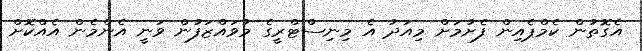
އެގޮތުން ކެމްޕެއިން ފެށުމަށް މިއަދު އެ މިނިސްޓްރީގެ މުވައްޒަފުން ވަނީ އެންމެން އެއްކޮށް